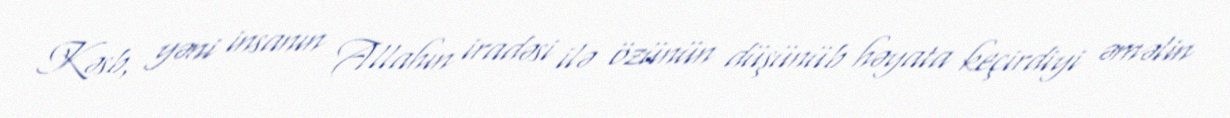
Kəsb, yəni insanın Allahın iradəsi ilə özünün düşünüb həyata keçirdiyi əməlin